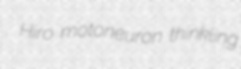
Hiro motoneuron thinkling